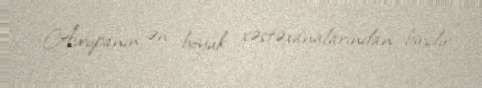
Avropanın ən böyük xəstəxanalarından biridir.